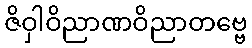
ဇိဝှါဝိညာဏဝိညာတဗ္ဗေ